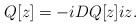
LaTeX: \begin{align*}Q[z]=-iDQ[z]iz. \end{align*}